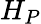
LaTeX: H_{P}